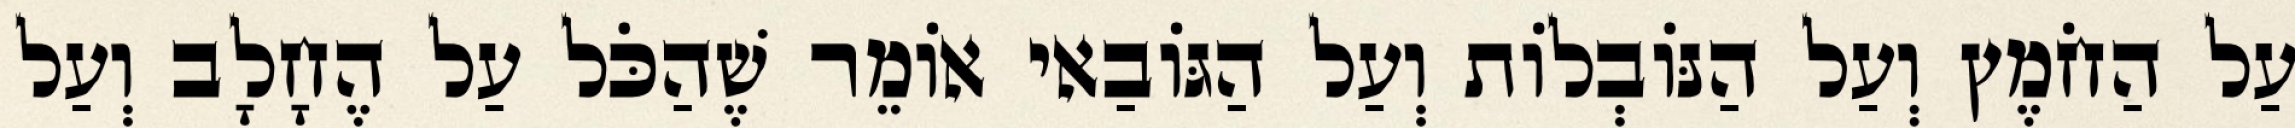
עַל הַחֹמֶץ וְעַל הַנּוֹבְלוֹת וְעַל הַגּוֹבַאי אוֹמֵר שֶׁהַכֹּל עַל הֶחָלָב וְעַל